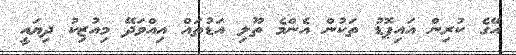
އޭގެ ކުރިން އައިޕޮޑު ތަކުން އެންމެ ތޫލި އަޑުތައް އިއްވަދޭ މިއުޒިކު ދިޔައީ